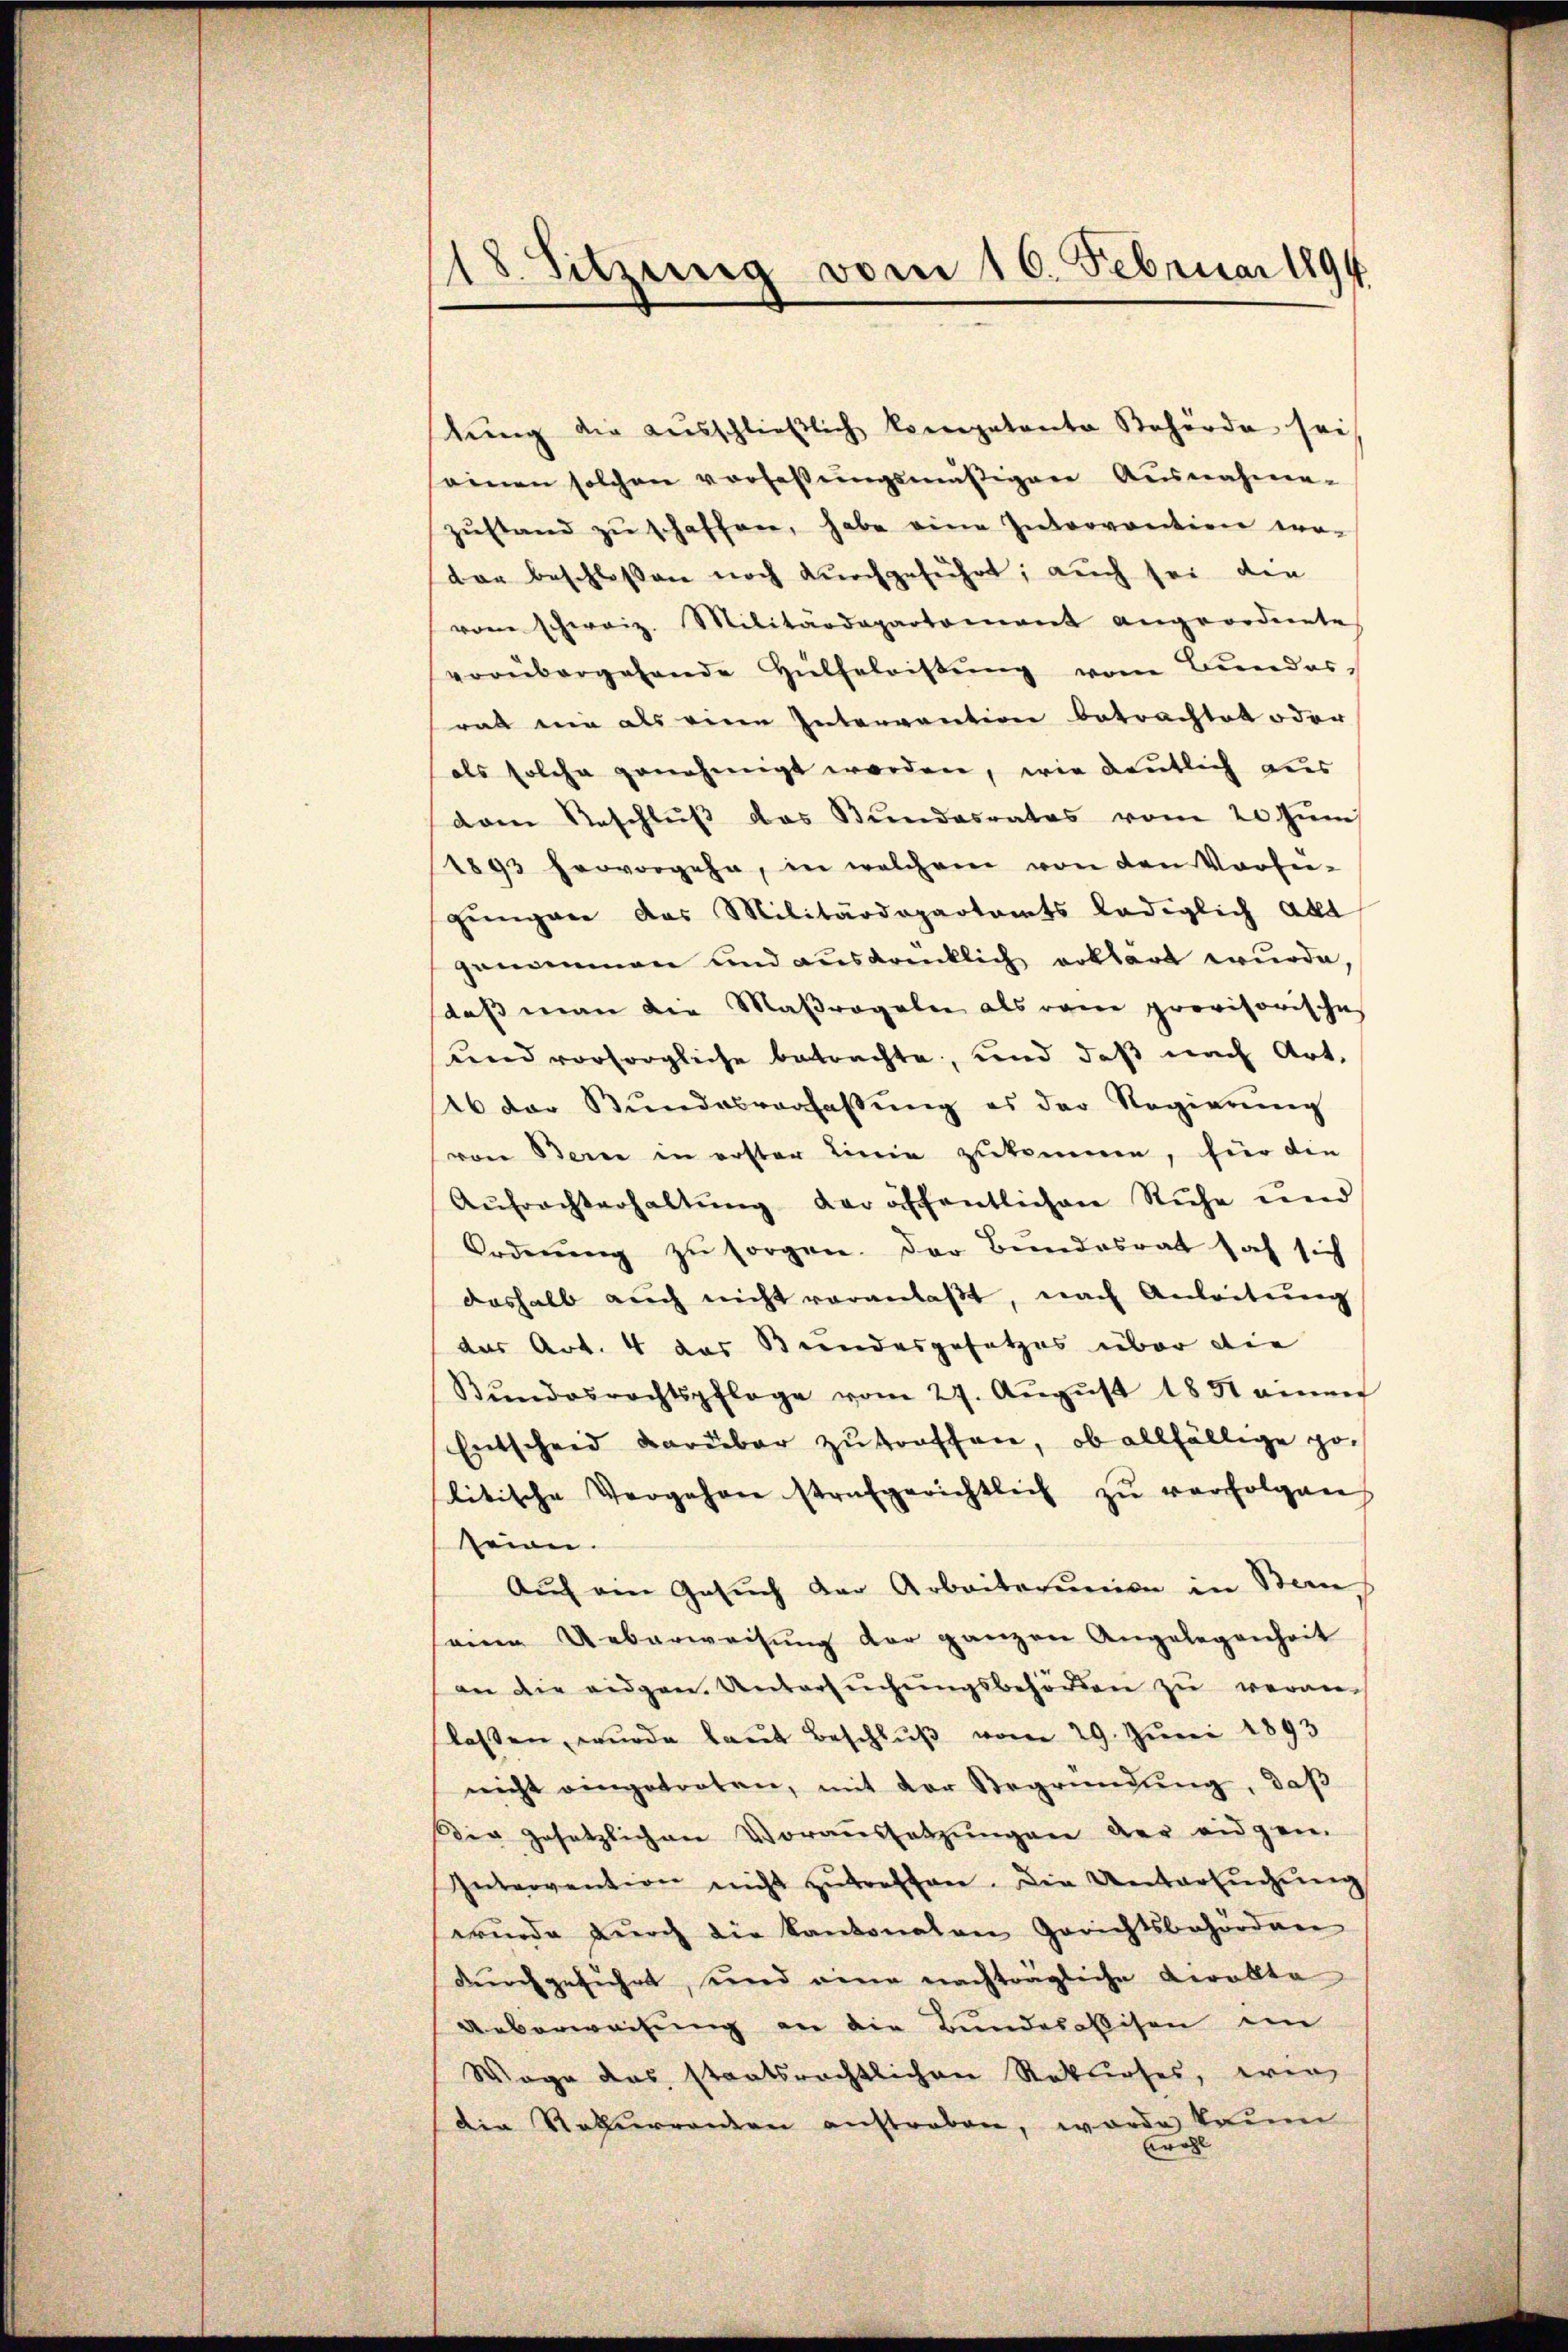
18. Sitzung vom 10. Februar 1894

tŭng die ausschließlich kompetente Behörde sei
einen solchen vorlaβŭngsmäßigen Ausnahme-
zŭstand zŭ schaffen, habe eine Intervention erdar beschlossen noch durchgeführt; auch sei den
vom schweiz. Militärdepartement angeordnete
vorübergehende Hülfeleistŭng vom Bŭndes,
rat nie als eine Intervention betrachtet oder
als solche genehmigt worden, wie deutlich aus
dam Geschlŭβ das Stŭndesrates vom 20 Juni
1893 hervorgehe, in welchem von den Vorfer-
gungen das Militärdepartamts lediglich alle
genommen und ausdrücklich erklärt wurde,
daß man die Maßregeln als vom provisorische
und vorsorgliche betrachte, und daß nach Art.
46 der Stŭndesverfassŭng es der Regierŭng
von Berne in erster Linie zukommen, hier die
Aŭfrachterhaltŭng der öffentlichen Ruhe und
Orderŭng zŭ sorgen. Der Bundesrat sah sich
deshalb auch nicht veranlaßt, nach Anleitung
das Art. 4 das Bundesgesetzes über die
Bŭndesrechtspflege vom 27. Aŭgŭst 1851 amen
Entscheid darüber zutroffen, ob allfällige politische Vergehen strafgerichtlich zŭ verfolgen
seien.
Auf ein Gesuch der Arbeiterumien in Staus
sanen Ueberweisŭng der ganzen Angelegenheit
an die eidgen. Untersŭchŭngsbehörden zu veran-
lassen wŭrde laŭt Beschlŭβ vom 29. Jŭni 1893
nicht eingetreten, mit der Begründŭng, daß
Dir gesetzlichen Voraŭssetzŭngen der eidgen.
Intervention nicht zutreffen. Die Untersuchung
wurde durch die kantonalen Gerichtsbehörden
dŭrchgeführt, und eine nachtragliche Kerakte
Ueberweisung an die Bunderassisen im
Wage das staatsrechtlichen Rekurses, ein
die Rekurrenten anstraben, worde kaum